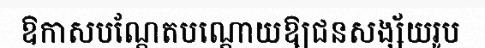
ឱកាសបណ្តែតបណ្តោយឱ្យជនសង្ស័យរូប